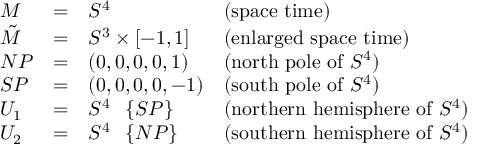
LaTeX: \begin{array} { l c l l } { { M } } & { { = } } & { { S ^ { 4 } } } & { { ( \mathrm { s p a c e ~ t i m e } ) } } \\ { { \tilde { M } } } & { { = } } & { { S ^ { 3 } \times [ - 1 , 1 ] } } & { { ( \mathrm { e n l a r g e d ~ s p a c e ~ t i m e } ) } } \\ { { N P } } & { { = } } & { { ( 0 , 0 , 0 , 0 , 1 ) } } & { { ( \mathrm { n o r t h ~ p o l e ~ o f ~ } S ^ { 4 } ) } } \\ { { S P } } & { { = } } & { { ( 0 , 0 , 0 , 0 , - 1 ) } } & { { ( \mathrm { s o u t h ~ p o l e ~ o f ~ } S ^ { 4 } ) } } \\ { { U _ { 1 } } } & { { = } } & { { S ^ { 4 } \setminus \{ S P \} } } & { { ( \mathrm { n o r t h e r n ~ h e m i s p h e r e ~ o f ~ } S ^ { 4 } ) } } \\ { { U _ { 2 } } } & { { = } } & { { S ^ { 4 } \setminus \{ N P \} } } & { { ( \mathrm { s o u t h e r n ~ h e m i s p h e r e ~ o f ~ } S ^ { 4 } ) } } \end{array}